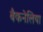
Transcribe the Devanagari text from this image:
बैकनेलिया